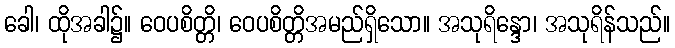
ခေါ၊ ထိုအခါ၌။ ဝေပစိတ္တိ၊ ဝေပစိတ္တိအမည်ရှိသော။ အသုရိန္ဒော၊ အသုရိန်သည်။